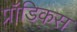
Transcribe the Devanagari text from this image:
प्रॉडिकस